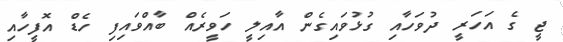
ޖީ ގެ އަހަރީ ދުވަހާއި ގުޅުވައިގެން އާއިލީ ހަވީރެއް ބާއްވައިފި ހެޑް އޮފީހާއި